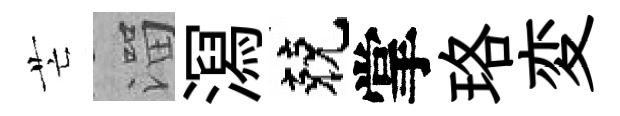
芒溜㵼兢掌珞変